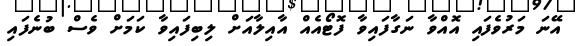
އޭނަ މަރުވެފައި އޮއްވާ ނަގާފައިވާ ފޮޓޯއެއް އާއިލާއަށް ލިބިފައިވާ ކަމަށް ވެސް ބުނެފައި